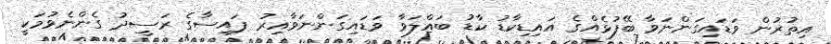
އިތުރުން ވަޑައިގަންނަވާ ބޭފުޅެއްގެ އައިޑިކާޑު ކާޑު ބައްލަވާ ވަޑައިގަންނަވާއިރު ފައިސާގެ ރަސީދު ގެންނެވުމަކީ